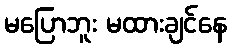
မပြောဘူး မထားချင်နေ